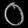
Digit: ၀